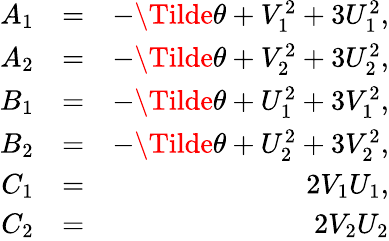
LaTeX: \begin{array}{rlr}{A_{1}}&{=}&{-\Tilde{\theta}+V_{1}^{2}+3U_{1}^{2},}\\ {A_{2}}&{=}&{-\Tilde{\theta}+V_{2}^{2}+3U_{2}^{2},}\\ {B_{1}}&{=}&{-\Tilde{\theta}+U_{1}^{2}+3V_{1}^{2},}\\ {B_{2}}&{=}&{-\Tilde{\theta}+U_{2}^{2}+3V_{2}^{2},}\\ {C_{1}}&{=}&{2V_{1}U_{1},}\\ {C_{2}}&{=}&{2V_{2}U_{2}}\end{array}